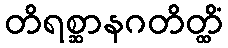
တိရစ္ဆာနဂတိတ္ထိံ